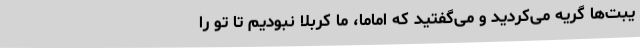
یبت‌ها گریه می‌کردید و می‌گفتید که اماما، ما کربلا نبودیم تا تو را